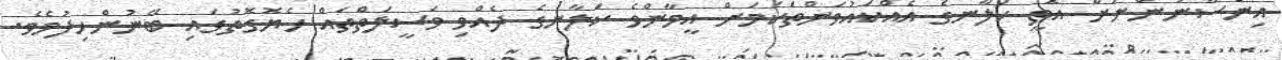
އިންސާނުންނަށް އޮތީ ކަލާނގެ އެއްކައުވަންތަކަމަށް އީމާންވެ ކަލާނގެ ދެއްވި ވަސީލަތްތައް ހެޔޮގޮތުގައި ބޭނުންހިފުމެވެ.